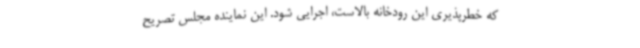
که خطرپذیری این رودخانه بالاست، اجرایی شود. این نماینده مجلس تصریح